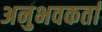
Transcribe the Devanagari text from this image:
अनुभवकर्ता